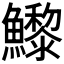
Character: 𩼽